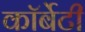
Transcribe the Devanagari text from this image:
कॉर्बेटी